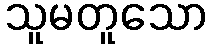
သူမတူသော